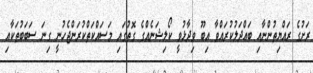
ރަށުގެ ރައްޔިތުންނާއި ބައްދަލުކުރައްވާ އިބޫ ވިދާޅުވީ ކޯލިޝަނެއްގެ ގޮތުގައި މަސައްކަތްކުރަންޖެހުނީ ގިނަ ސަބަބުތަކާއި